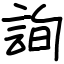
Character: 詢